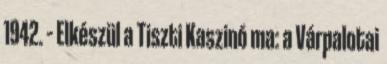
1942. – Elkészül a Tiszti Kaszinó ma: a Várpalotai